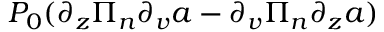
P _ { 0 } ( \partial _ { z } \Pi _ { n } \partial _ { v } a - \partial _ { v } \Pi _ { n } \partial _ { z } a )